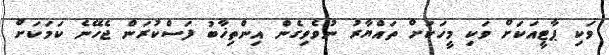
ވަކި ޕާޓީއަކަށް ވަކި މީހަކަށް ތައްޔާރު ނުވެވިގެން އިންތިޚާބު ފަސްކުރަން ޖެހޭނެ ކަމަކަށް